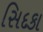
સિદકા